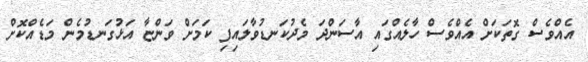
އެއްވެސް ގޮތަކަށް އެއްވެސް ހާލެއްގައި އާސަންދަ މެދުކަނޑުވާލައިފި ކަމަށް ވަންޏާ އަޅުގަނޑުމެން މަޑެއްކޮށް